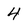
Character: 4